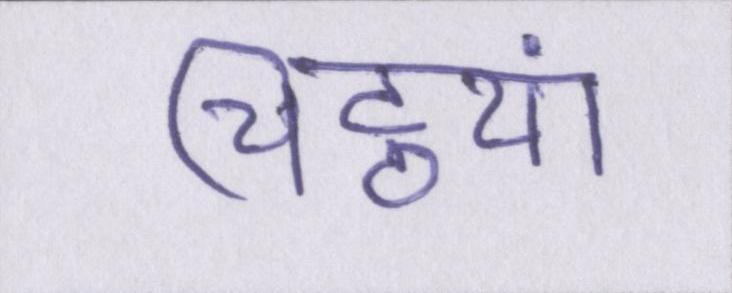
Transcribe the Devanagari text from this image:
चिट्ठयां